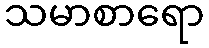
သမာစာရော